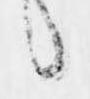
候